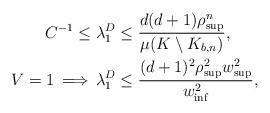
LaTeX: \begin{align*} \begin{aligned} C^{-1} \leq \lambda _1^D &\leq \frac{d(d+1)\rho^n_{\sup}}{\mu(K\setminus K_{b,n})}, \\ V=1\, \Longrightarrow\, \lambda _1^D &\leq \frac{ (d+1)^2\rho^2_{\sup} w_{\sup}^2} { w_{\inf}^2},\end{aligned} \end{align*}